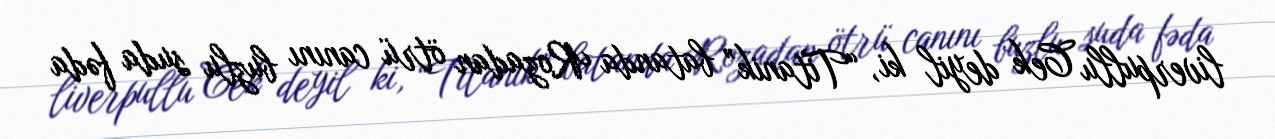
liverpullu Cek deyil ki, “Titanik” batanda Rozadan ötrü canını buzlu suda fəda